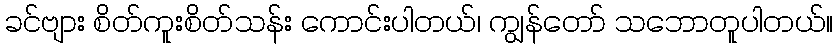
ခင်ဗျား စိတ်ကူးစိတ်သန်း ကောင်းပါတယ်၊ ကျွန်တော် သဘောတူပါတယ်။